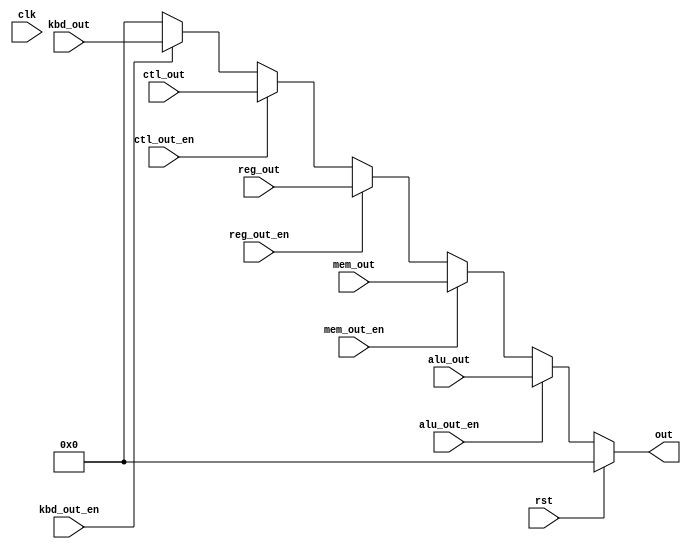
module bus (
  input clk,
  input rst,
  input alu_out_en,
  input [15:0] alu_out,
  input mem_out_en,
  input [15:0] mem_out,
  input reg_out_en,
  input [15:0] reg_out,
  input ctl_out_en,
  input [15:0] ctl_out,
  input kbd_out_en,
  input [15:0] kbd_out,
  output [15:0] out
);

  assign out = rst ? 16'h0000 :
               alu_out_en ? alu_out :
               mem_out_en ? mem_out :
               reg_out_en ? reg_out :
               ctl_out_en ? ctl_out :
               kbd_out_en ? kbd_out :
               16'h0000;
endmodule